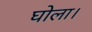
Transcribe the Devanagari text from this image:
घोला।